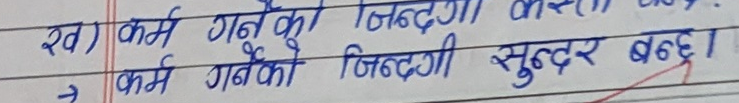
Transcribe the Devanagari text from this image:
ख) कर्म गर्नै को जिंदगी
→ कर्म गर्न को जिंदगी सुन्दर बन्छ ।